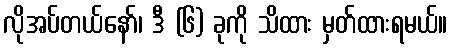
လိုအပ်တယ်နော်၊ ဒီ (၆) ခုကို သိထား မှတ်ထားရမယ်။